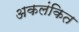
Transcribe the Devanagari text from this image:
अकलंकित